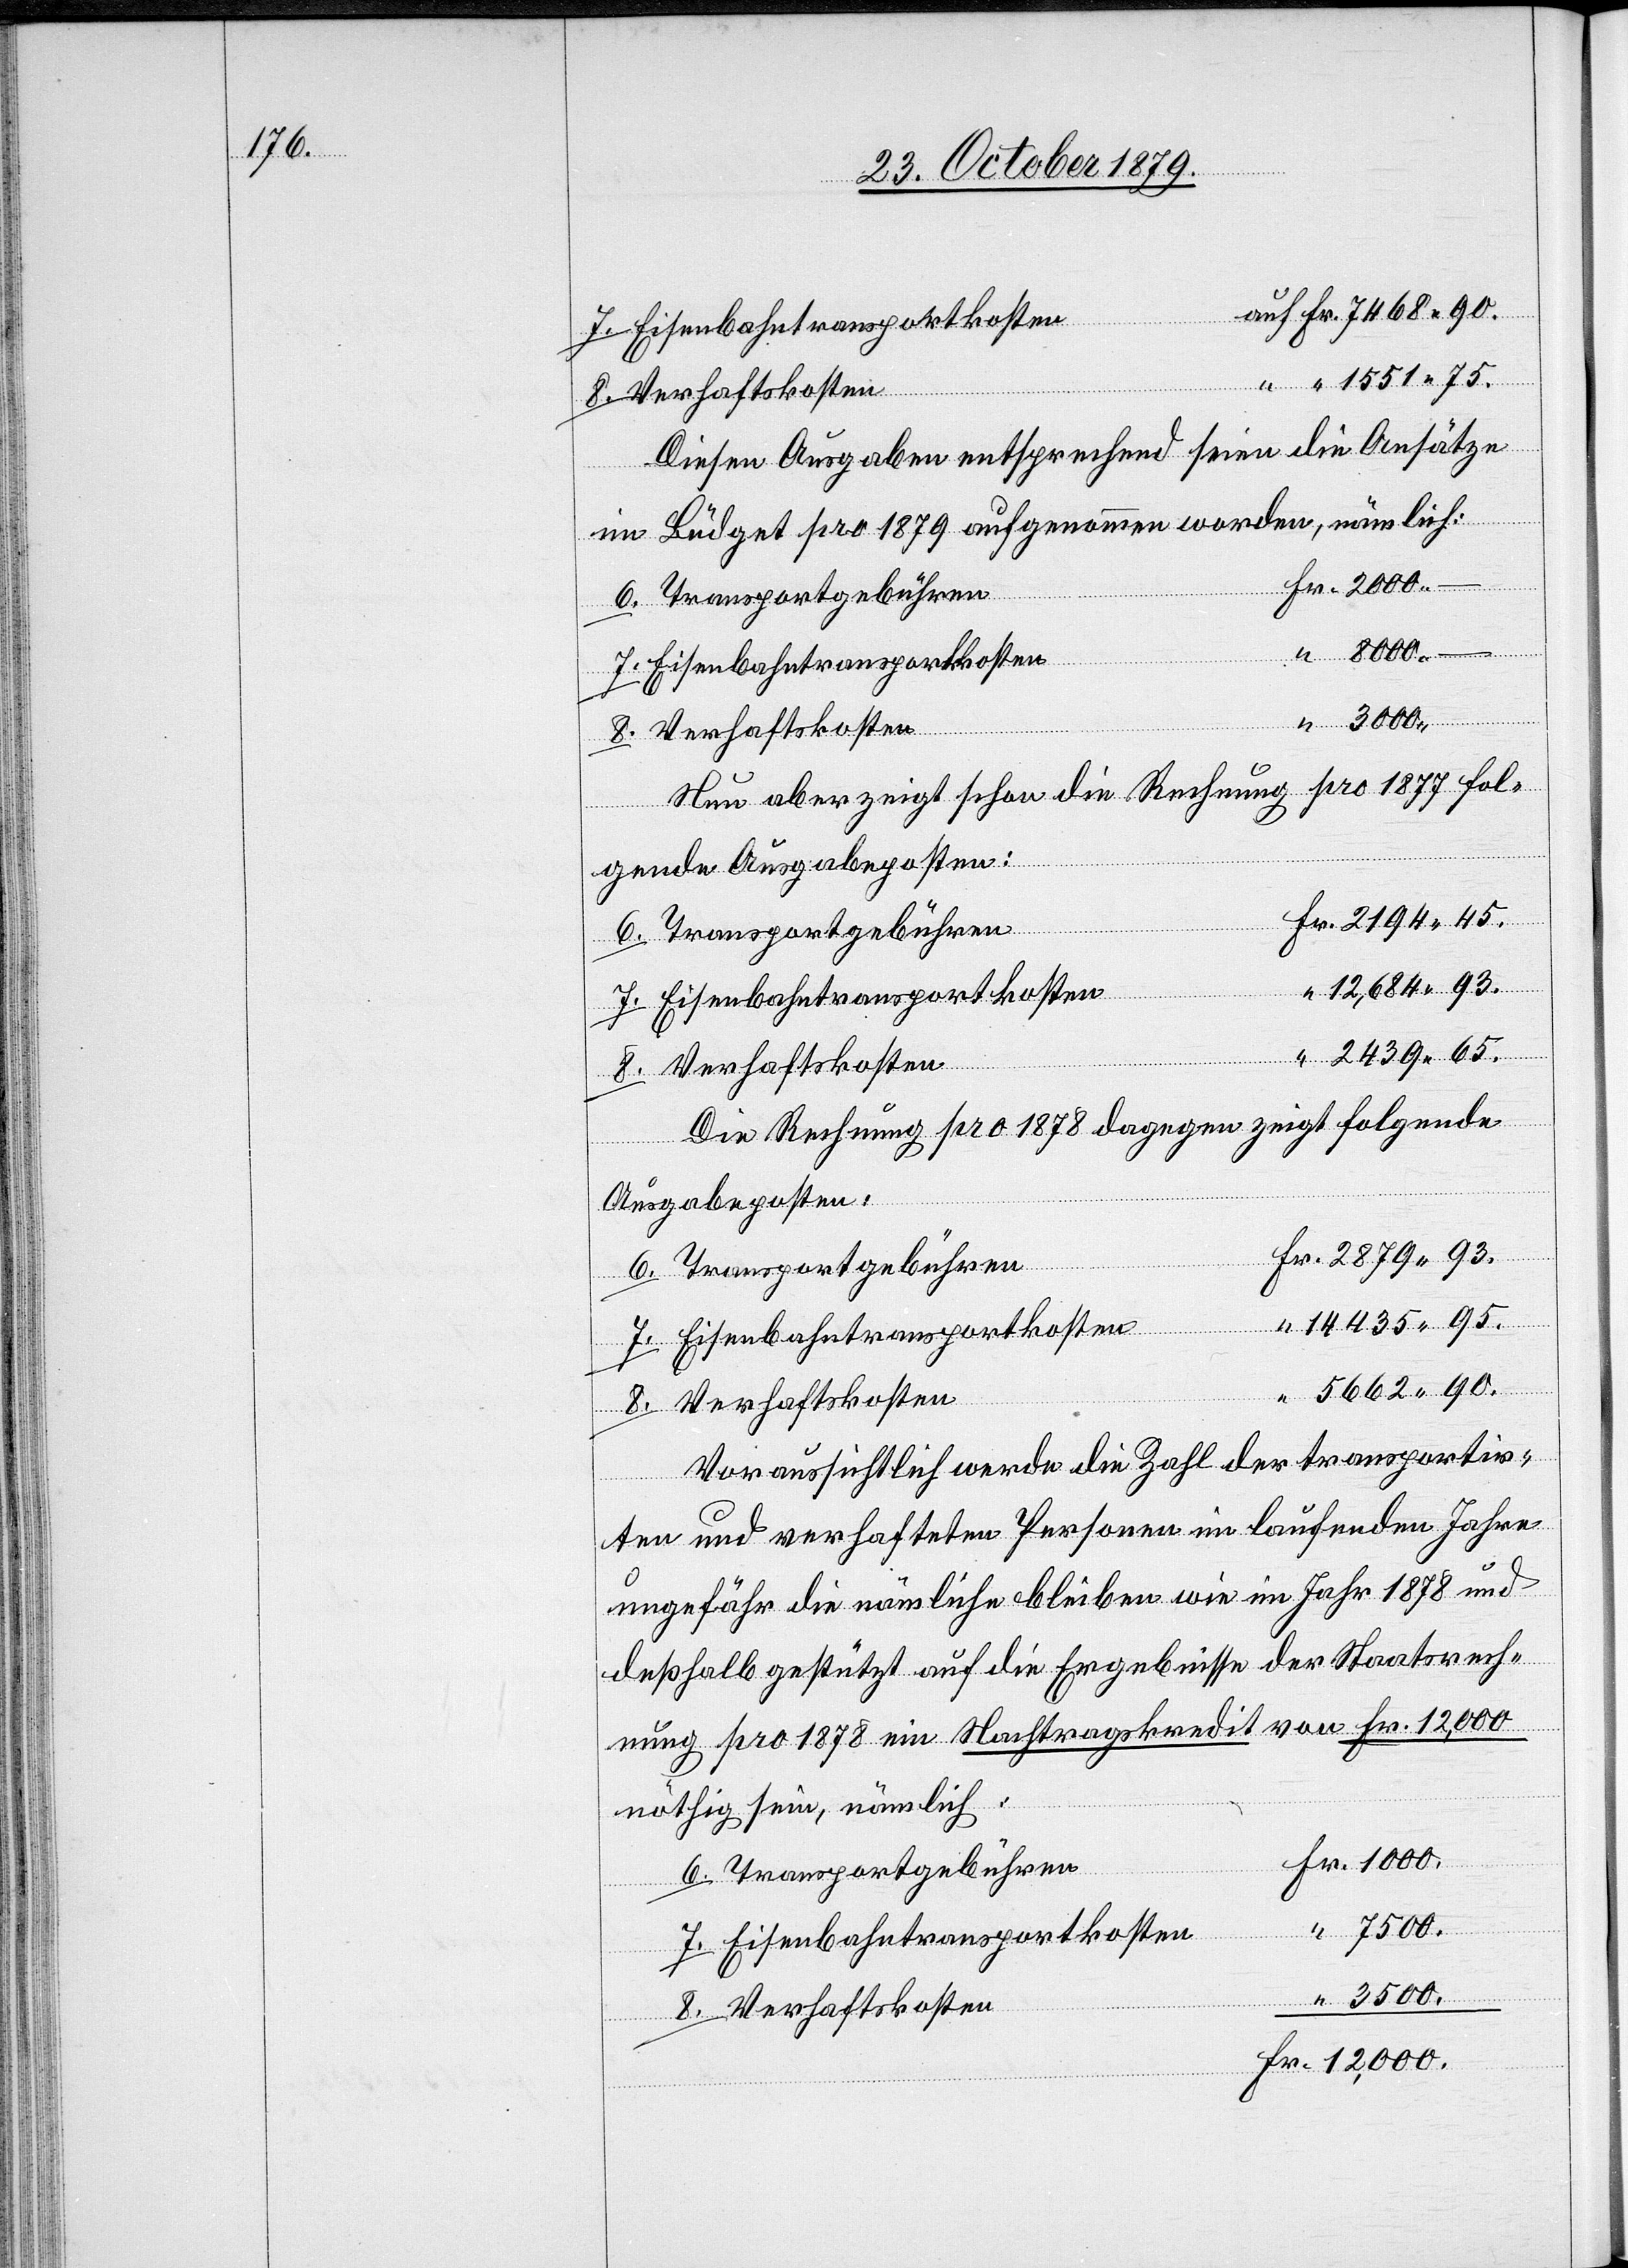
auf Fr. 7468 90.
“ “ 1551 75.
Verhaftskosten
Diesen Ausgaben entsprechend seien die Ansätze
im Büdget pro 1879 aufgenommen worden, nämlich:
Fr. 2000.–
Transportgebühren
Eisenbahntransportkosten
8000.–
Neu aber zeigt schon die Rechnung pro 1877 fol¬
gende Ausgabeposten:
Fr. 2194 45.
Die Rechnung pro 1878 dagegen zeigt folgende
Ausgabeposten:
8.
Fr. 2879 93.
“ 14435 95.
5663 90.
Voraussichtlich werde die Zahl der transportir¬
ten und verhafteten Personen im laufenden Jahre
ungefähr die nämliche bleiben wie im Jahr 1878 und
deßhalb gestützt auf die Ergebnisse der Staatsrech¬
nung pro 1878 ein Nachtragskredit von Fr. 12,000
nöthig sein, nämlich:
Fr. 1000.
“ 7500
“ 3500.
Fr. 12,000.